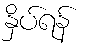
နှိပ်ရန်